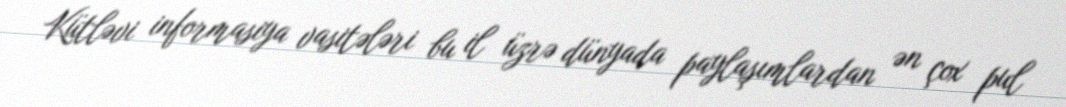
Kütləvi informasiya vasitələri bu il üzrə dünyada paylaşımlardan ən çox pul